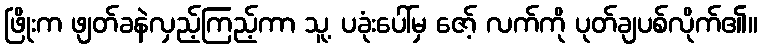
ဖြိုးက ဖျတ်ခနဲလှည့်ကြည့်ကာ သူ့ ပခုံးပေါ်မှ ဇော့် လက်ကို ပုတ်ချပစ်လိုက်၏။